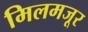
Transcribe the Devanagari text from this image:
मिलमजूर